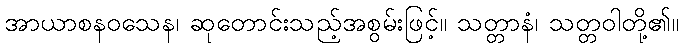
အာယာစနဝသေန၊ ဆုတောင်းသည့်အစွမ်းဖြင့်။ သတ္တာနံ၊ သတ္တဝါတို့၏။